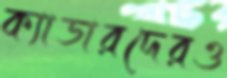
ক্যাডারদেরও